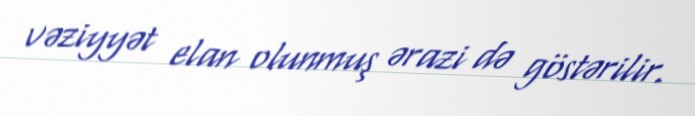
vəziyyət elan olunmuş ərazi də göstərilir.